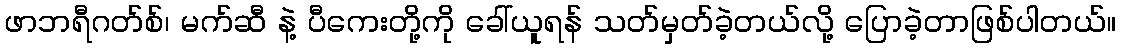
ဖာဘရီဂတ်စ်၊ မက်ဆီ နဲ့ ပီကေးတို့ကို ခေါ်ယူရန် သတ်မှတ်ခဲ့တယ်လို့ ပြောခဲ့တာဖြစ်ပါတယ်။